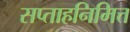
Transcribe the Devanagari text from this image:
सप्ताहनिमित्त